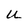
Character: U